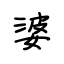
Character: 婆